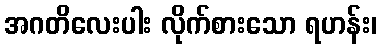
အဂတိလေးပါး လိုက်စားသော ရဟန်း၊